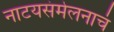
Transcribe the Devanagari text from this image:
नाटयसंमेलनाचं